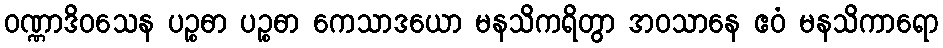
ဝဏ္ဏာဒိဝသေန ပဉ္စဓာ ပဉ္စဓာ ကေသာဒယော မနသိကရိတွာ အဝသာနေ ဧဝံ မနသိကာရော